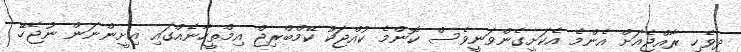
ދިވެހި ރާއްޖެއަށް އެންމެ އެކަށީގެންވަނީވެސް ކޮންމެ ކުއްޖަކު ކޭމްބްރިޖް އިމްތީހާނެއްގައި އިށީންނަން ނުޖެހޭ